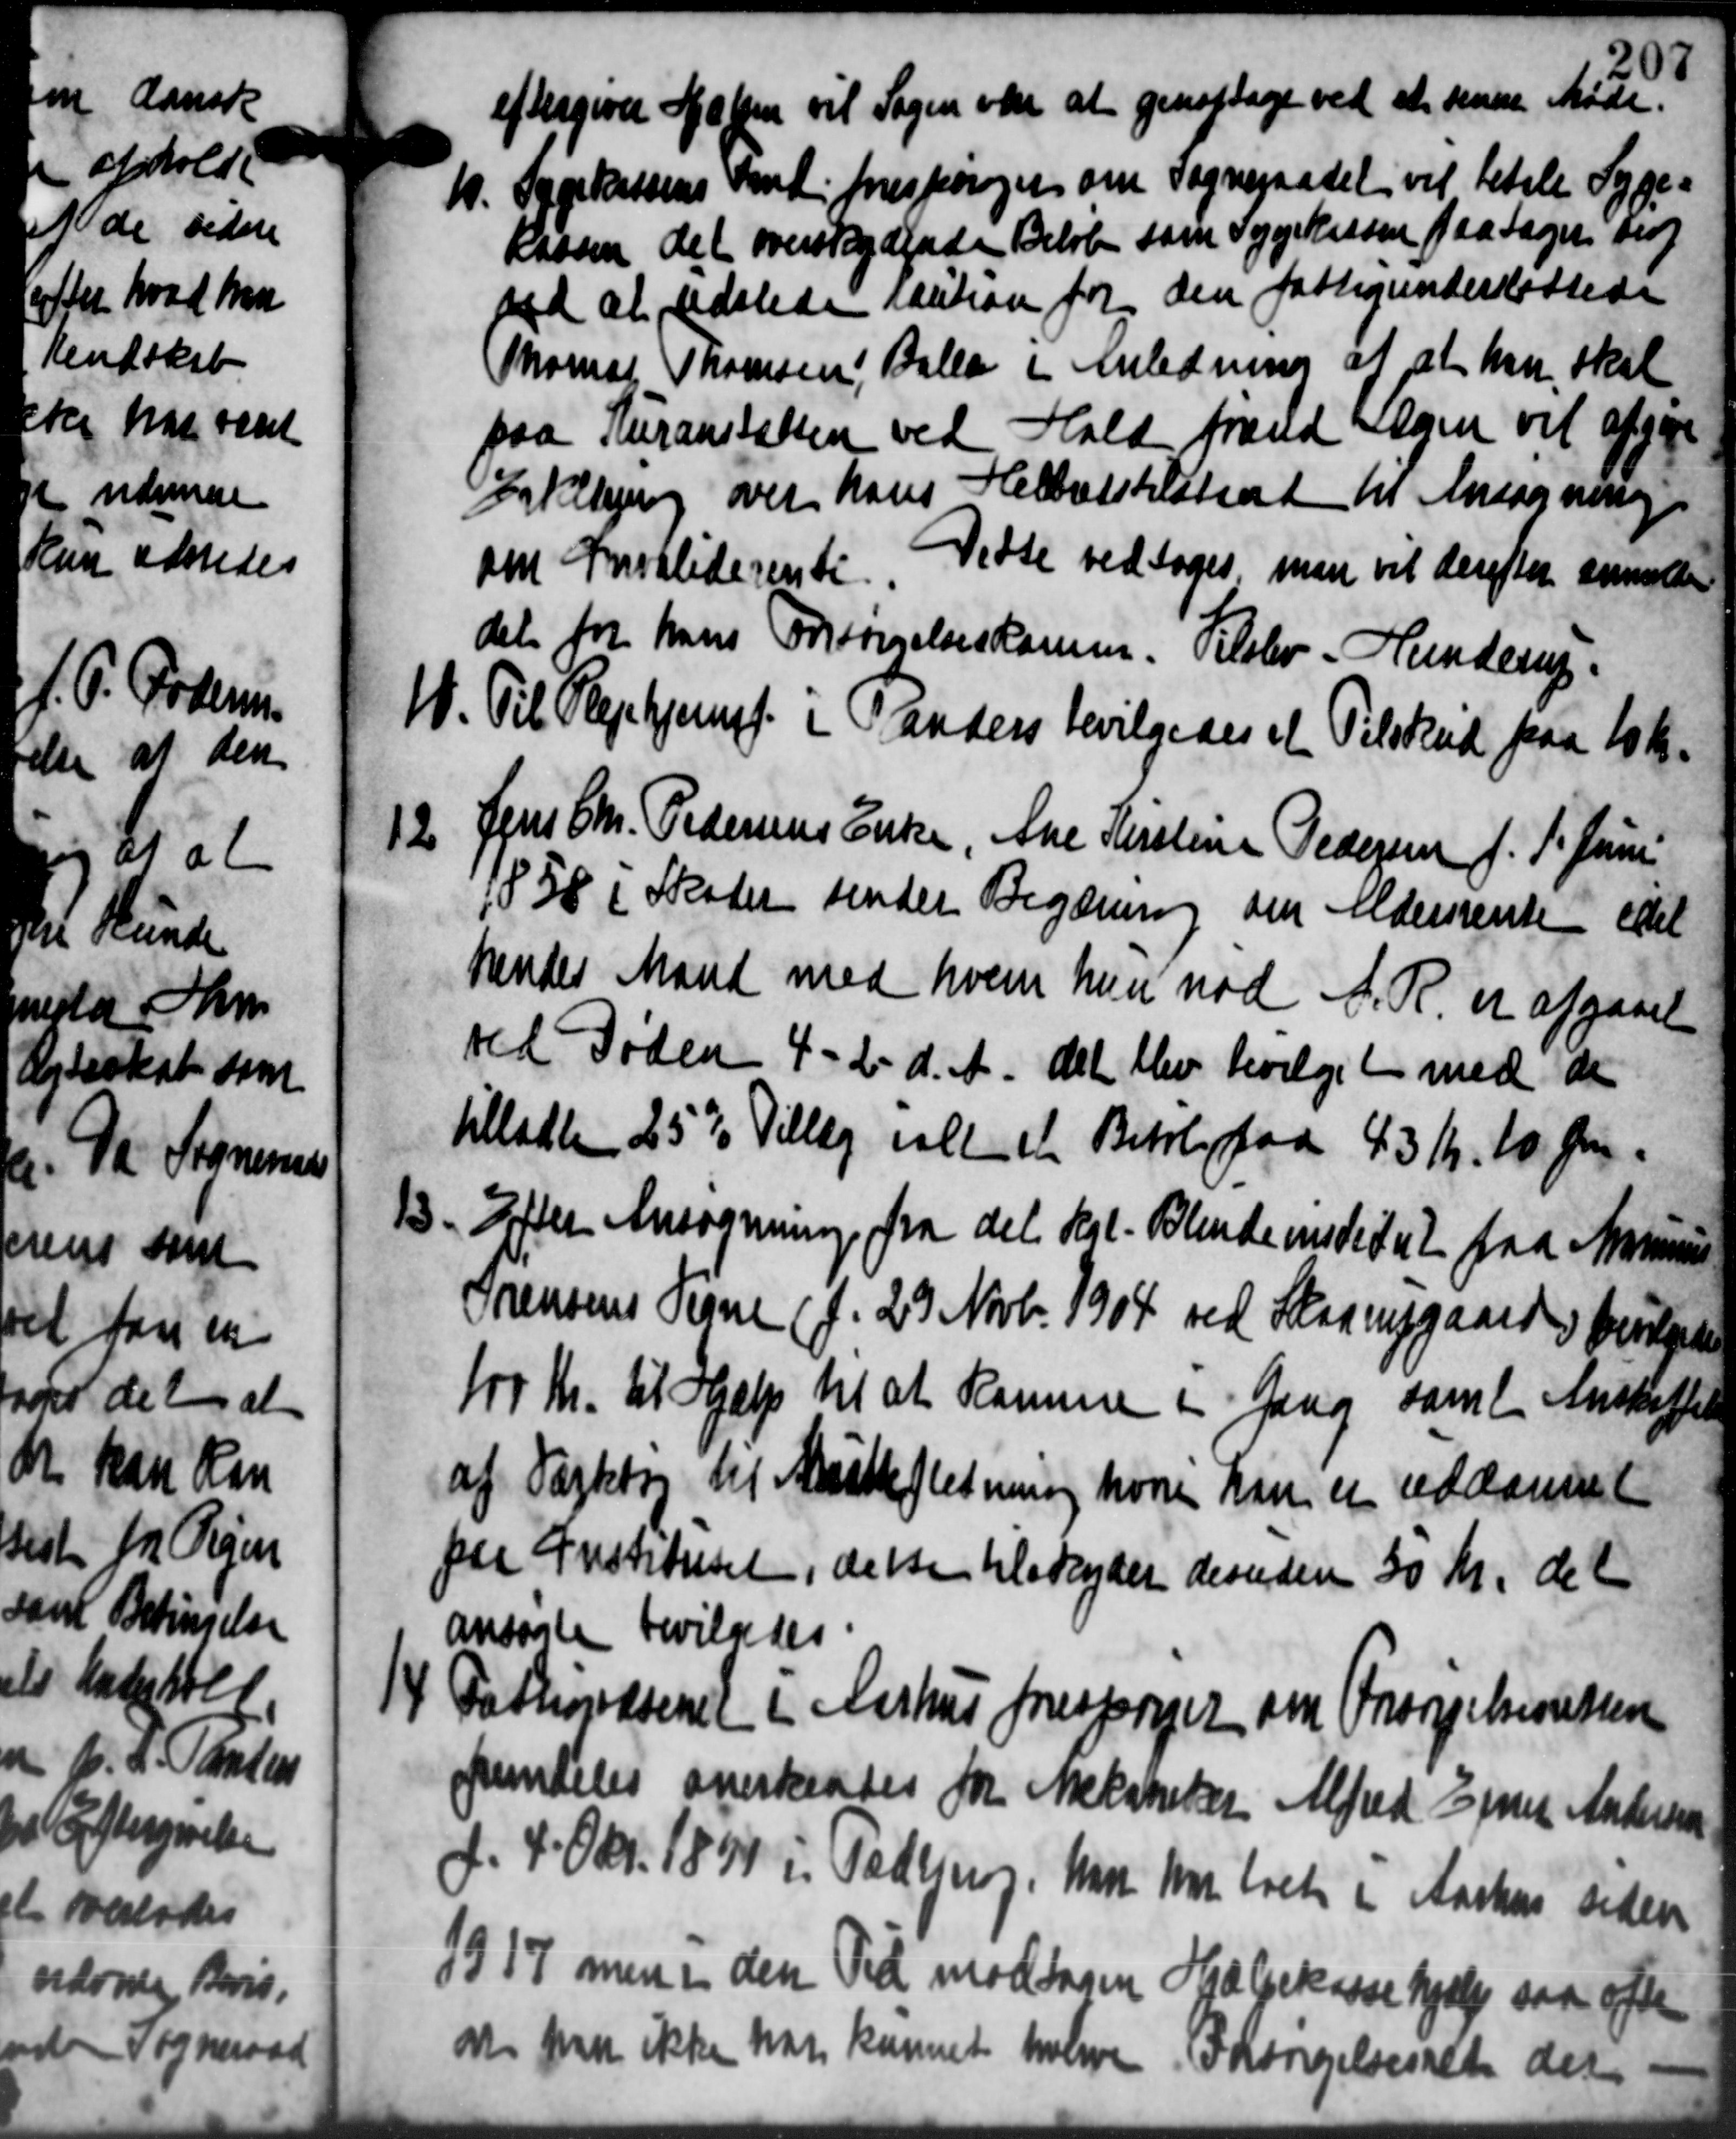
Transskription:
eftergiver Hoffen vil Sagen var at genoptage ved et sende Møde.
M. Sygekassens Amt forespørger om Sogneraadet vil betale Syge-
M. Sygekassens Amt forespørger om Sogneraadet vil betale Syge-
Kassen det overskydende Beløb som Sygekassen paa Sager ber
ved at udstede kaution for den fattigunderstøttede
Thoral Thomsen, Balle i Anledning af at han skal
paa Kuranstatten ved Hald frald Sagen vil afgive
Istilling over hans Helbodstilstaard til Ansøgning
om Invaliderente. Vedse vedtoges, man vil derefter anmode
det for hans Forsørgelseskomm. Tilslev - Hunderup.
11. Til Plejehjemsf. i anders bevilgedes et Tilskud paa 10 Kr.
11. Til Plejehjemsf. i anders bevilgedes et Tilskud paa 10 Kr.
12. Jens Chr. Pedersens Enke, Ane Kirstine Gedejer f. 1. Junii
12. Jens Chr. Pedersens Enke, Ane Kirstine Gedejer f. 1. Junii
1858 i Skater sender Begæring om Aldersrente idet
hendes Mand med hvem hun nod A. R. er afgaaet
ved Døden 4 - 2 - d. A. det blev bevilget med de
tillade 25% Tillæg ialt et Befolgaa 43 Kr. 10 Øre.
3. Efter Ansøgning fra det kgl. Blinde omstedet paa Marius
3. Efter Ansøgning fra det kgl. Blinde omstedet paa Marius
Sørensens Signe (f. 29 Novb. 1904 ved Skaarupgaards bevilgedes
100 Kr. til Hjælp til at Komune i Gang samt Anskaffels
af Værktør til Maattefletning hvori han er uddammet
paa Institutet, delse tilskyder desuden 30 Kr. det
ansøgte bevilgedes
Pattigvæsenet i Aarhus forespørger om Forsørgelsesrettere

fremdeles anerkendes for Mekaniker Alfred Ejner Andersen
d. 4 Okt. 1891 i Todbjerg. Man har boet i Aarhus siden
1917 men i den Tid modtagen Hjælpekassehjælp saa efter
am paa ikke har kunnet halve Forsørgelsesalte der